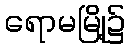
ရောမမြို့၌